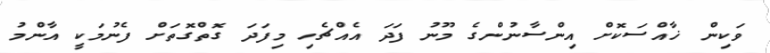
ވަކިން ޚާއްސަކޮށް އިންސާނުންގެ މޫނު ފަދަ އެއްޗެހި މިފަދަ ގޮތްގޮތަށް ފެނުމަކީ އާންމު